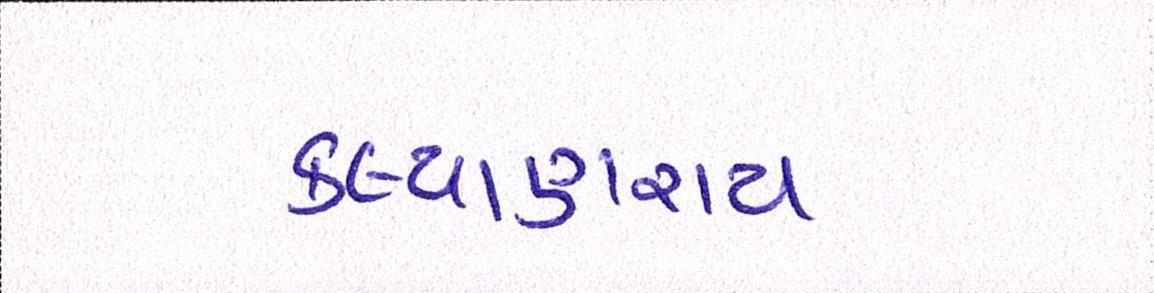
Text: કલ્યાણરાય